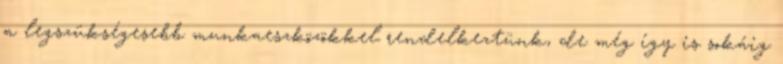
a legszükségesebb munkaeszközökkel rendelkeztünk, de még így is sokáig